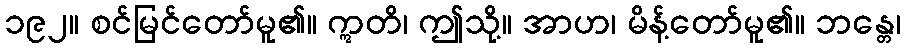
၁၉၂။ စင်မြင်တော်မူ၏။ ဣတိ၊ ဤသို့။ အာဟ၊ မိန့်တော်မူ၏။ ဘန္တေ၊